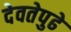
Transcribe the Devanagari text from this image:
देवतेपुढे